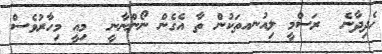
ހެދިދާނެ  ރަސްމީ ލިއުނއތަކުން ތާ އެގެން ނޯންނާނީ  މިއީ މިހާރުވެސް